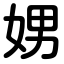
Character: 娚